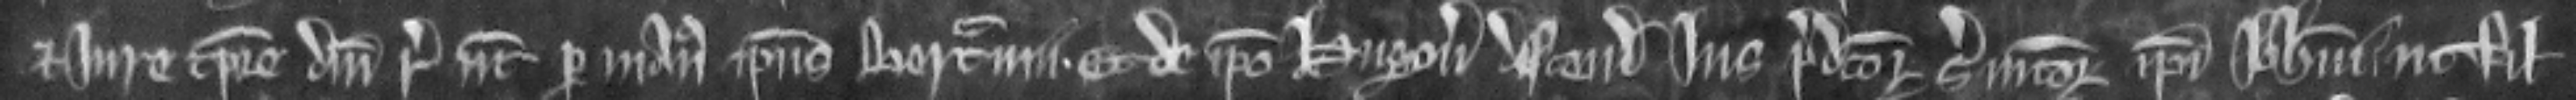
et jure tempore domini regis nune per manus ipsius Bertramii. Et de ipso Hugone descendit jus predictorum serviciorum ipsi Johanni ut filio